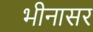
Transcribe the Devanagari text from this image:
भीनासर